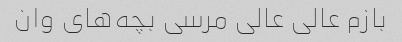
بازم عالی عالی مرسی بچه‌های وان